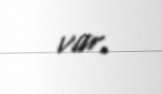
var.